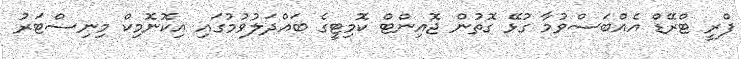
ފްރީ ޓްރޭޑް އެއްބަސްވުމާ ގުޅޭ ގޮތުން ޖޮއިންޓް ކޮމިޓީގެ ބައްދަލުވުމުގައި އިކޮނޮމިކް މިނިސްޓަރު